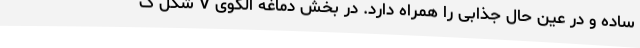
ساده و در عین حال جذابی را همراه دارد. در بخش دماغه الگوی V شکل گ